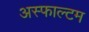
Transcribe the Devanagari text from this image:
अस्फाल्टम